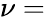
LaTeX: \nu=